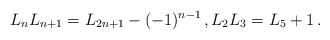
LaTeX: \begin{align*}L_nL_{n+1}=L_{2n+1}-(-1)^{n-1}\,,L_2L_3=L_5+1\,.\end{align*}